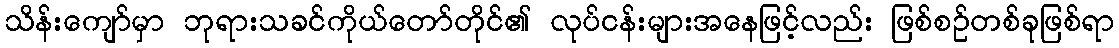
သိန်းကျော်မှာ ဘုရားသခင်ကိုယ်တော်တိုင်၏ လုပ်ငန်းများအနေဖြင့်လည်း ဖြစ်စဉ်တစ်ခုဖြစ်ရာ